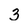
Character: 3